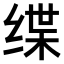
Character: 𫄬